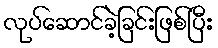
လုပ်ဆောင်ခဲ့ခြင်းဖြစ်ပြီး